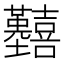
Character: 𡆒